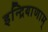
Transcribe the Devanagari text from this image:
इन्द्रियाणाम्